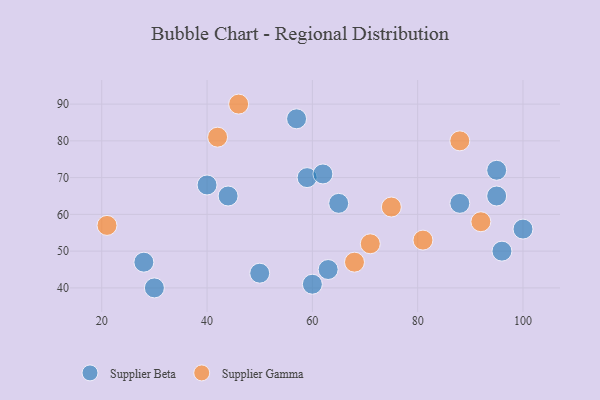
{"axis": {"x": "GDP", "y": "Life Expectancy"}, "legend": ["Supplier Beta", "Supplier Gamma"], "data": [{"x": "28", "y": 47, "type": "Supplier Beta"}, {"x": "50", "y": 44, "type": "Supplier Beta"}, {"x": "40", "y": 68, "type": "Supplier Beta"}, {"x": "95", "y": 65, "type": "Supplier Beta"}, {"x": "60", "y": 41, "type": "Supplier Beta"}, {"x": "88", "y": 63, "type": "Supplier Beta"}, {"x": "63", "y": 45, "type": "Supplier Beta"}, {"x": "44", "y": 65, "type": "Supplier Beta"}, {"x": "59", "y": 70, "type": "Supplier Beta"}, {"x": "96", "y": 50, "type": "Supplier Beta"}, {"x": "65", "y": 63, "type": "Supplier Beta"}, {"x": "95", "y": 72, "type": "Supplier Beta"}, {"x": "57", "y": 86, "type": "Supplier Beta"}, {"x": "30", "y": 40, "type": "Supplier Beta"}, {"x": "62", "y": 71, "type": "Supplier Beta"}, {"x": "100", "y": 56, "type": "Supplier Beta"}, {"x": "88", "y": 80, "type": "Supplier Gamma"}, {"x": "92", "y": 58, "type": "Supplier Gamma"}, {"x": "75", "y": 62, "type": "Supplier Gamma"}, {"x": "21", "y": 57, "type": "Supplier Gamma"}, {"x": "42", "y": 81, "type": "Supplier Gamma"}, {"x": "46", "y": 90, "type": "Supplier Gamma"}, {"x": "68", "y": 47, "type": "Supplier Gamma"}, {"x": "71", "y": 52, "type": "Supplier Gamma"}, {"x": "81", "y": 53, "type": "Supplier Gamma"}]}